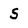
Character: 5